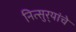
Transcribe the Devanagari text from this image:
नित्सुर्‍यांचे